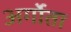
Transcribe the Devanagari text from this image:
अर्गोता